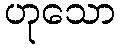
ဟုသော